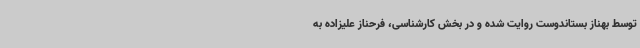
توسط بهناز بستاندوست روایت شده و در بخش کارشناسی، فرحناز علیزاده به